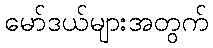
မော်ဒယ်များအတွက်